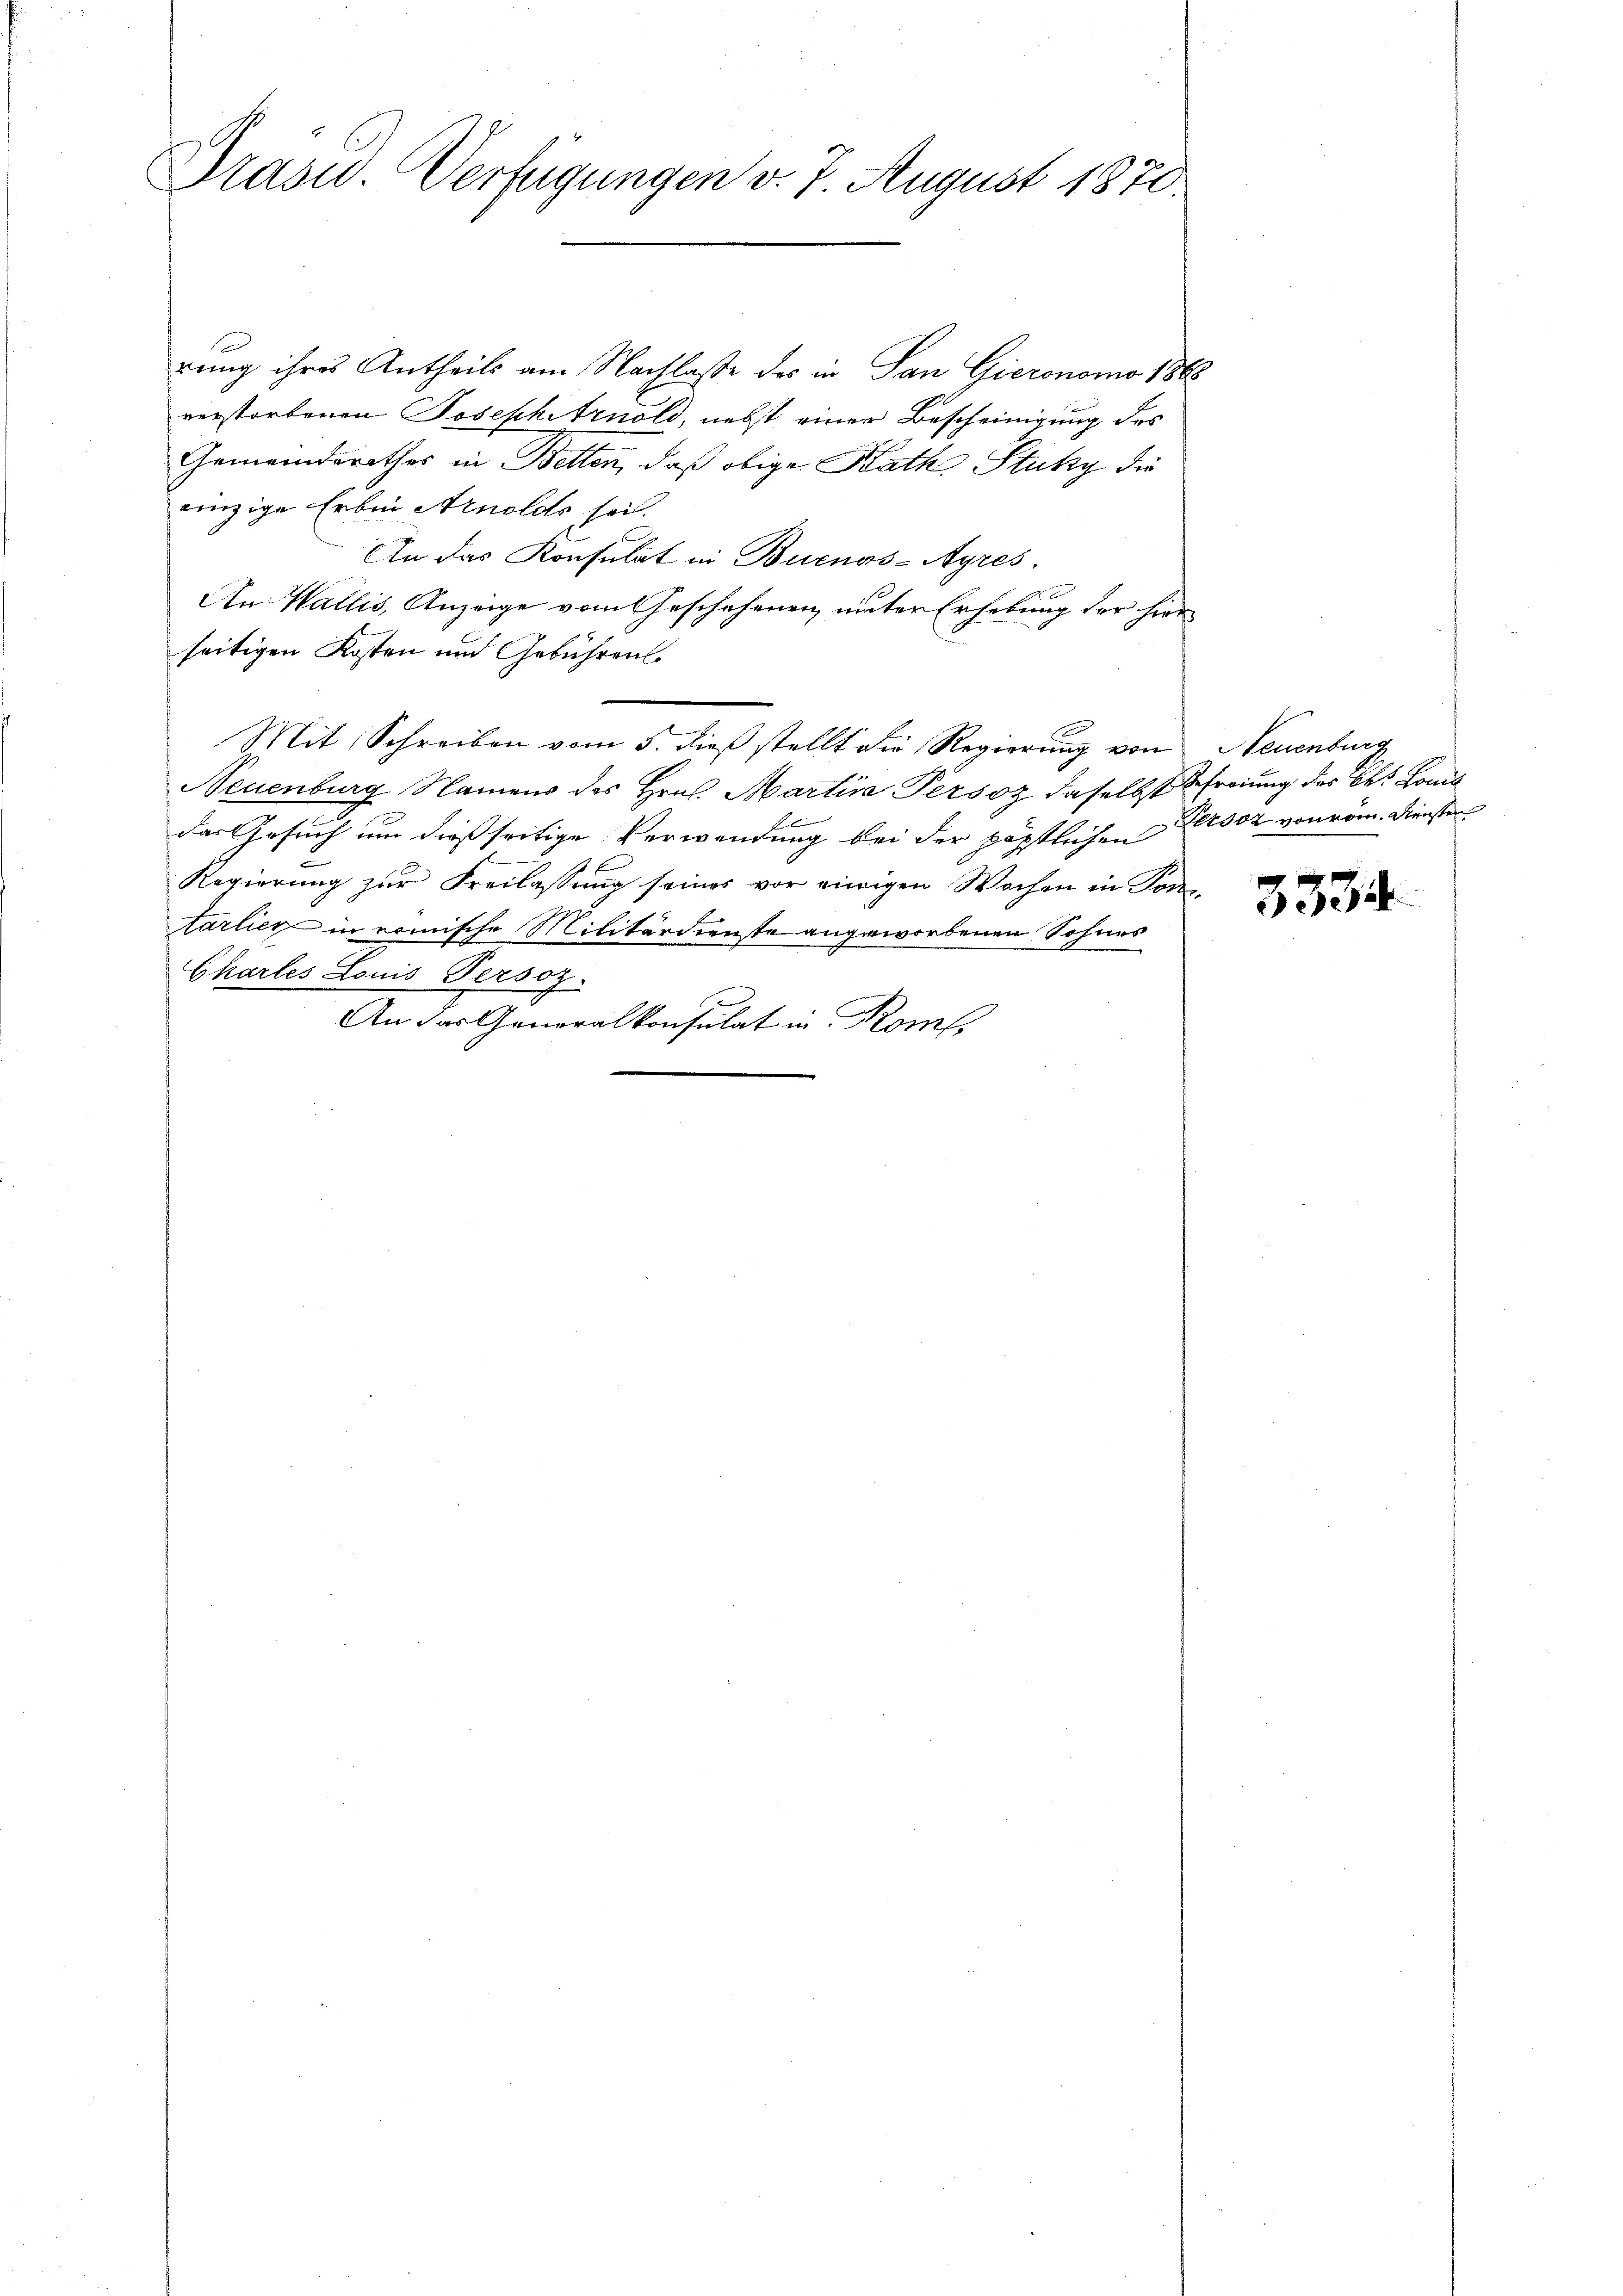
Präsid. Verfügungen v. 7. August 1870

t
rung ihres Antheils am Nachlasse des in San Gieronomo 1868
verstorbenen Joseph Arnold, nebst einer Bescheinigung des
Gemeindsrathes in Betten, daß obige Rath Stuky die
einzige Erben Arnolds sei.
An das Konsulat in Buenos-Ayres.
An Wallis, Anzeige vom Geschehenen, unter Erhebung der hierseitigen Kosten und Gebühren.
Mit Schreiben vom 5. dieß stellt die Regierung von Neuenburg
Neuenburg Namens des Hrn. Martina Persoz daselbst freiung des bei Kons
das Gesuch um dießseitige Verwendung bei der päpstlichen Person von rom. Diensten
2
Regierung zur Freilassung seines vor einigen Wochen in Portarlieg in nomische Militärdienste angeworbenen Sohnes
Chartes Louis Persoz.
An das Generalkonsulat in Kom

3334